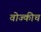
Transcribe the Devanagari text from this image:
वोज्कीच